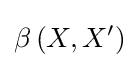
\beta \left(X,X^{\prime }\right)